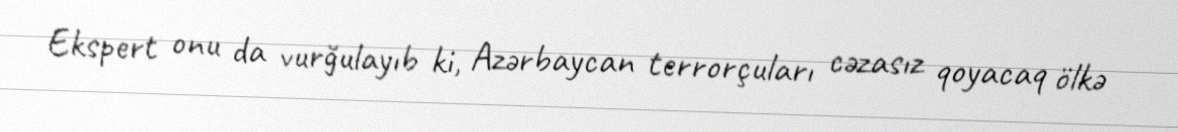
Ekspert onu da vurğulayıb ki, Azərbaycan terrorçuları cəzasız qoyacaq ölkə